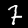
Label: 7